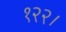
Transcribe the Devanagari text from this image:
१२२।